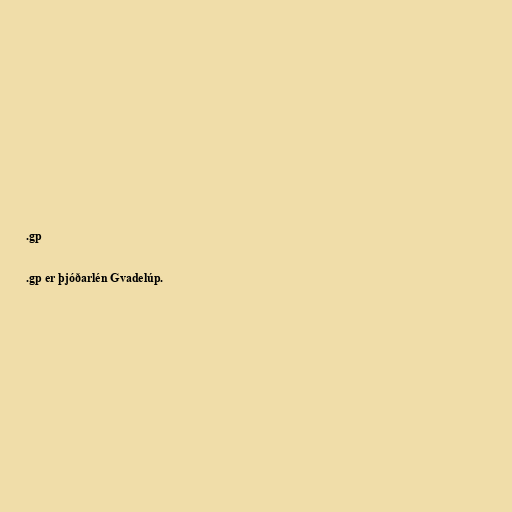
.gp

.gp er þjóðarlén Gvadelúp.